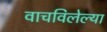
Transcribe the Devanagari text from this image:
वाचविलेल्या